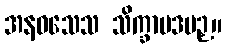
အနဝသေသ သိက္ခာပဒပဉှ။